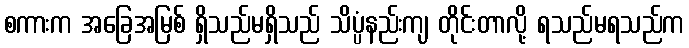
စကားက အခြေအမြစ် ရှိသည်မရှိသည် သိပ္ပံနည်းကျ တိုင်းတာလို့ ရသည်မရသည်က